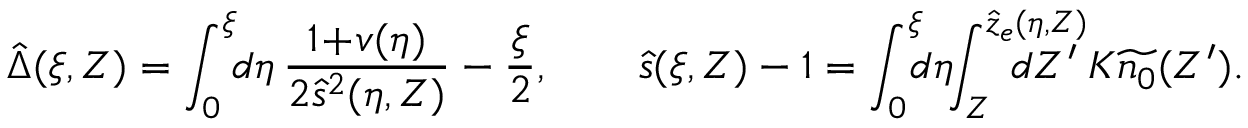
\hat { \Delta } ( \xi , Z ) = \int _ { 0 } ^ { \xi } \! \! d \eta \, \frac { 1 \! + \! v ( \eta ) } { 2 \hat { s } ^ { 2 } ( \eta , Z ) } - \frac { \xi } 2 , \qquad \hat { s } ( \xi , Z ) - 1 = \int _ { 0 } ^ { \xi } \! \! \! d \eta \! \! \int _ { Z } ^ { \hat { z } _ { e } ( \eta , Z ) } \! \! \! \! \! \! \! \! \! \! \! \! d Z ^ { \prime } \: K \widetilde { n _ { 0 } } ( Z ^ { \prime } ) .